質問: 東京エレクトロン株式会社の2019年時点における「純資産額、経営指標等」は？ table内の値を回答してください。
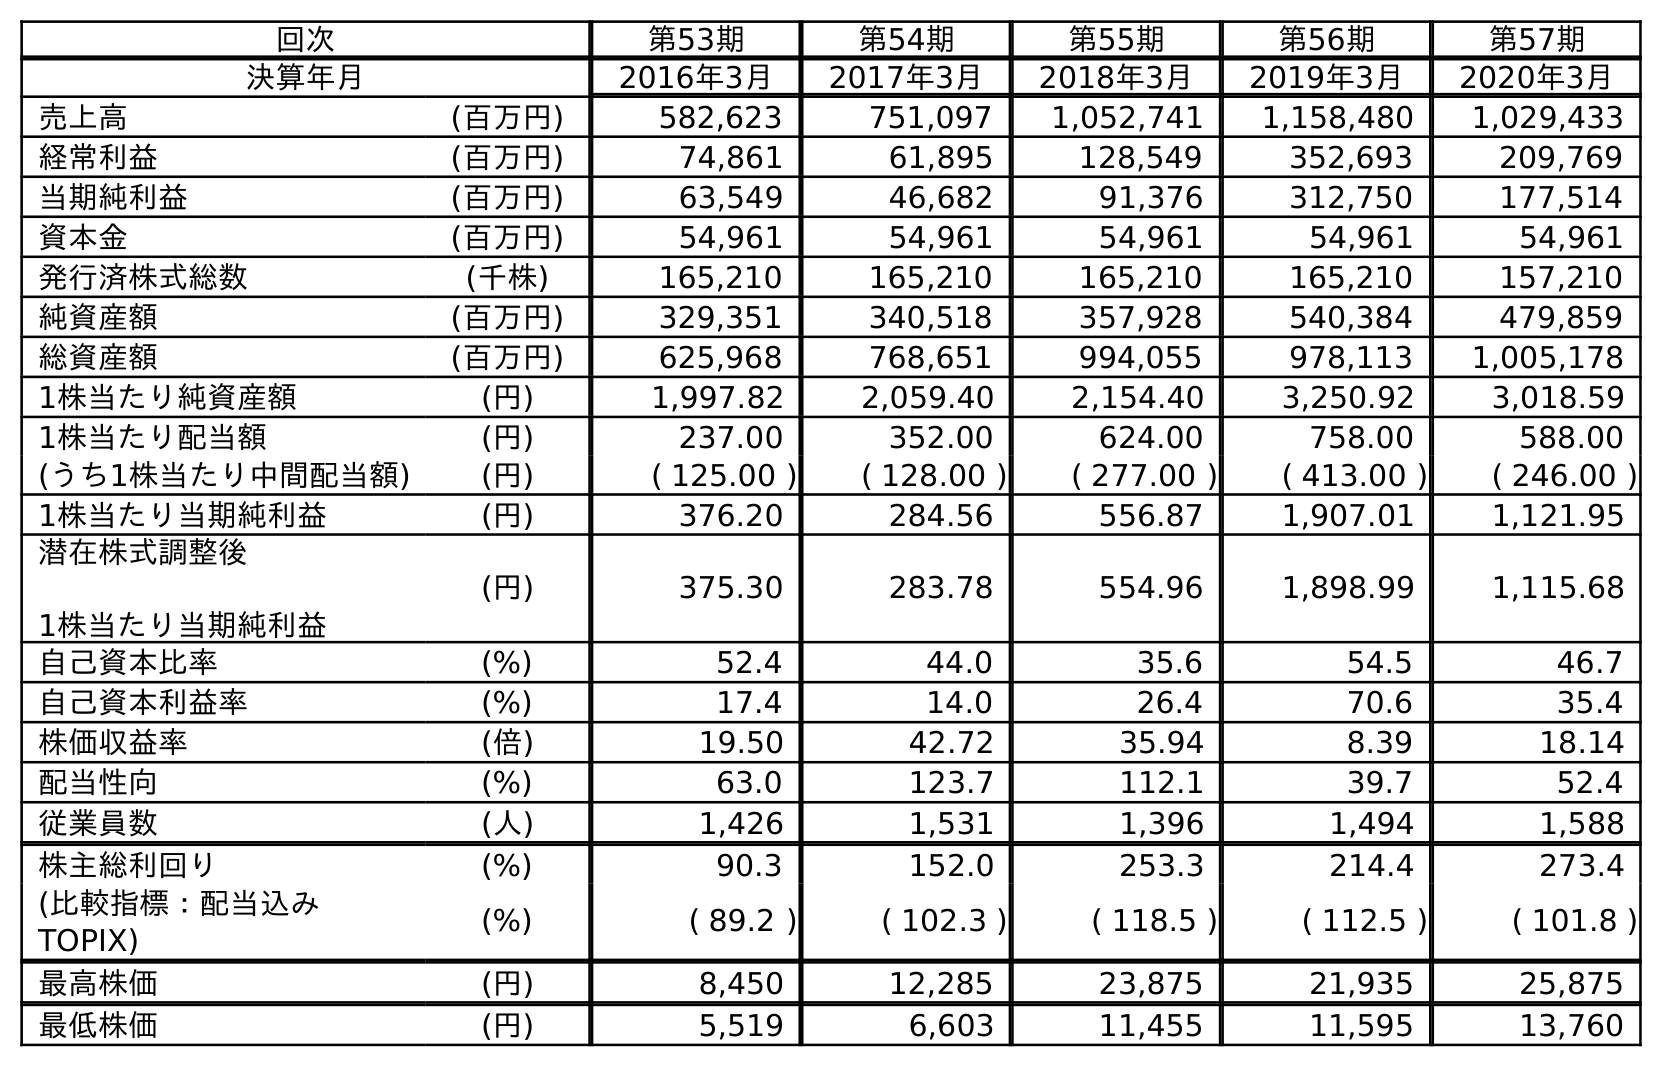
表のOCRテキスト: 回次 第53期 第54期 第55期 第56期 第57期 決算年月 2016年3月 2017年3月 2018年3月 2019年3月 2020年3月 売上高 (百万円) 582,623 751,097 1,052,741 1,158,480 1,029,433 経常利益 (百万円) 74,861 61,895 128,549 352,693 209,769 当期純利益 (百万円) 63,549 46,682 91,376 312,750 177,514 資本金 (百万円) 54,961 54,961 54,961 54,961 54,961 発行済株式総数 (千株) 165,210 165,210 165,210 165,210 157,210 純資産額 (百万円) 329,351 340,518 357,928 540,384 479,859 総資産額 (百万円) 625,968 768,651 994,055 978,113 1,005,178 1株当たり純資産額 (円) 1,997.82 2,059.40 2,154.40 3,250.92 3,018.59 1株当たり配当額 (円) 237.00 352.00 624.00 758.00 588.00 (うち1株当たり中間配当額) (円) ( 125.00 ) ( 128.00 ) ( 277.00 ) ( 413.00 ) ( 246.00 ) 1株当たり当期純利益 (円) 376.20 284.56 556.87 1,907.01 1,121.95 潜在株式調整後 1株当たり当期純利益 (円) 375.30 283.78 554.96 1,898.99 1,115.68 自己資本比率 (%) 52.4 44.0 35.6 54.5 46.7 自己資本利益率 (%) 17.4 14.0 26.4 70.6 35.4 株価収益率 (倍) 19.50 42.72 35.94 8.39 18.14 配当性向 (%) 63.0 123.7 112.1 39.7 52.4 従業員数 (人) 1,426 1,531 1,396 1,494 1,588 株主総利回り (%) 90.3 152.0 253.3 214.4 273.4 (比較指標：配当込み TOPIX) (%) ( 89.2 ) ( 102.3 ) ( 118.5 ) ( 112.5 ) ( 101.8 ) 最高株価 (円) 8,450 12,285 23,875 21,935 25,875 最低株価 (円) 5,519 6,603 11,455 11,595 13,760
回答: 540,384